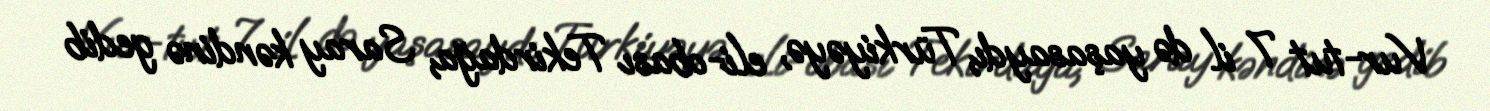
Vur-tut 7 il də yaşasaydı, Türkiyəyə, eli-obası Tekirdağa, Saray kəndinə gedib